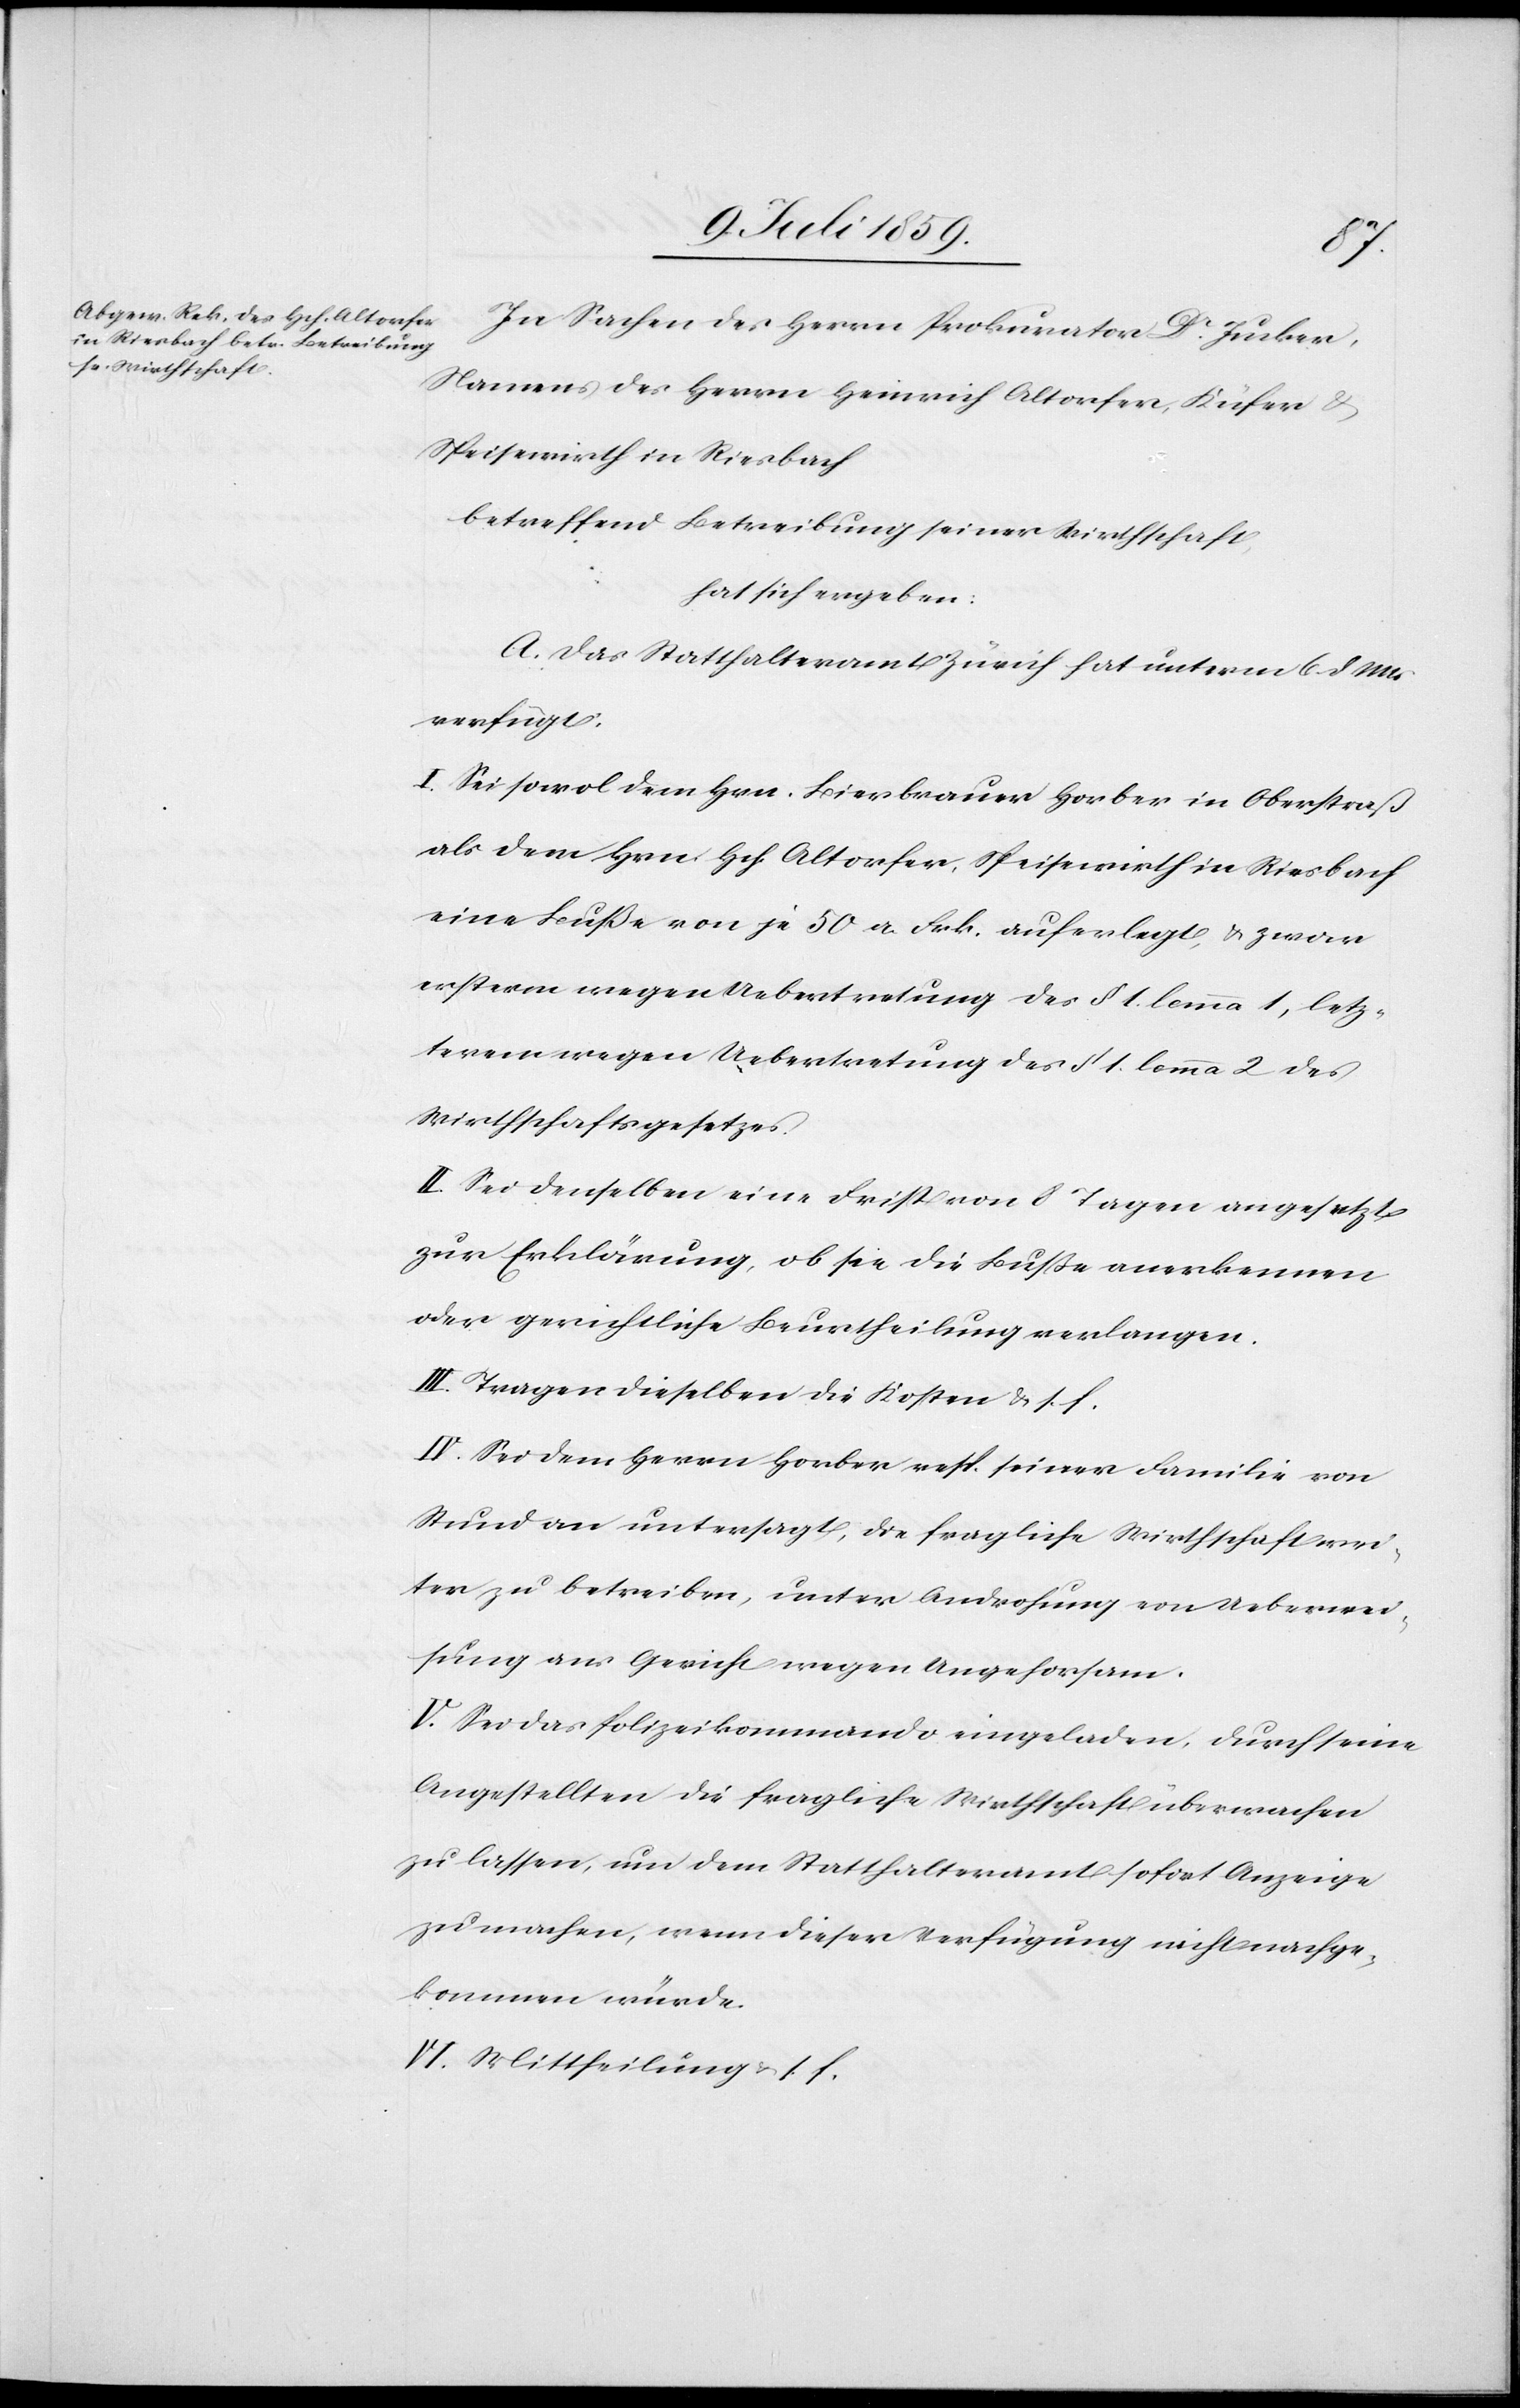
In Sachen des Herrn Prokurator Dr. Jucker,
Namens des Herrn Heinrich Altorfer, Küfer u.
Speisewirth in Riesbach
betreffend Betreibung seiner Wirthschaft,
hat sich ergeben:
A. Das Statthalteramt Zürich hat unterm 6. d. Mts.
verfügt:
I. Sei sowol dem Hrn. Bierbrauer Horber in Oberstraß
als dem Hrn. Hch. Altorfer, Speisewirth in Riesbach
eine Buße von je 50 a. Frk. auferlegt, u. zwar
ersterm wegen Uebertretung des § 1. lemma 2 des
Wirthschaftsgesetzes.
II. Sei denselben eine Frist von 8 Tagen angesetzt
zur Erklärung, ob sie die Buße anerkennen
oder gerichtliche Beurtheilung verlangen.
III. Tragen dieselben die Kosten u. s. f.
IV. Sei dem Herrn Horber resp. seiner Familie von
Stund an untersagt, die fragliche Wirthschaft wei¬
ter zu betreiben, unter Androhung von Ueberwei¬
sung ans Gericht wegen Ungehorsam.
V. Sei das Polizeikommando eingeladen, durch seine
Angestellten die fragliche Wirthschaft überwachen
zu lassen, um dem Statthalteramt sofort Anzeige
zu machen, wenn dieser Verfügung nicht nachge¬
kommen würde.
VI. Mittheilung u. s. f.